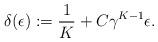
LaTeX: \begin{align*}\delta(\epsilon) :=\frac{1}{K} +C\gamma^{K-1}\epsilon.\end{align*}